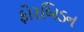
ફોરબિડન